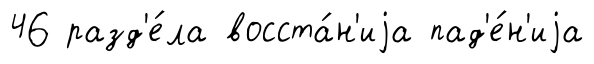
46 разд'е́ла восста́н'иjа пад'е́н'иjа